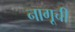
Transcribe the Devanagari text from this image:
नागूची